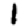
Digit: 1